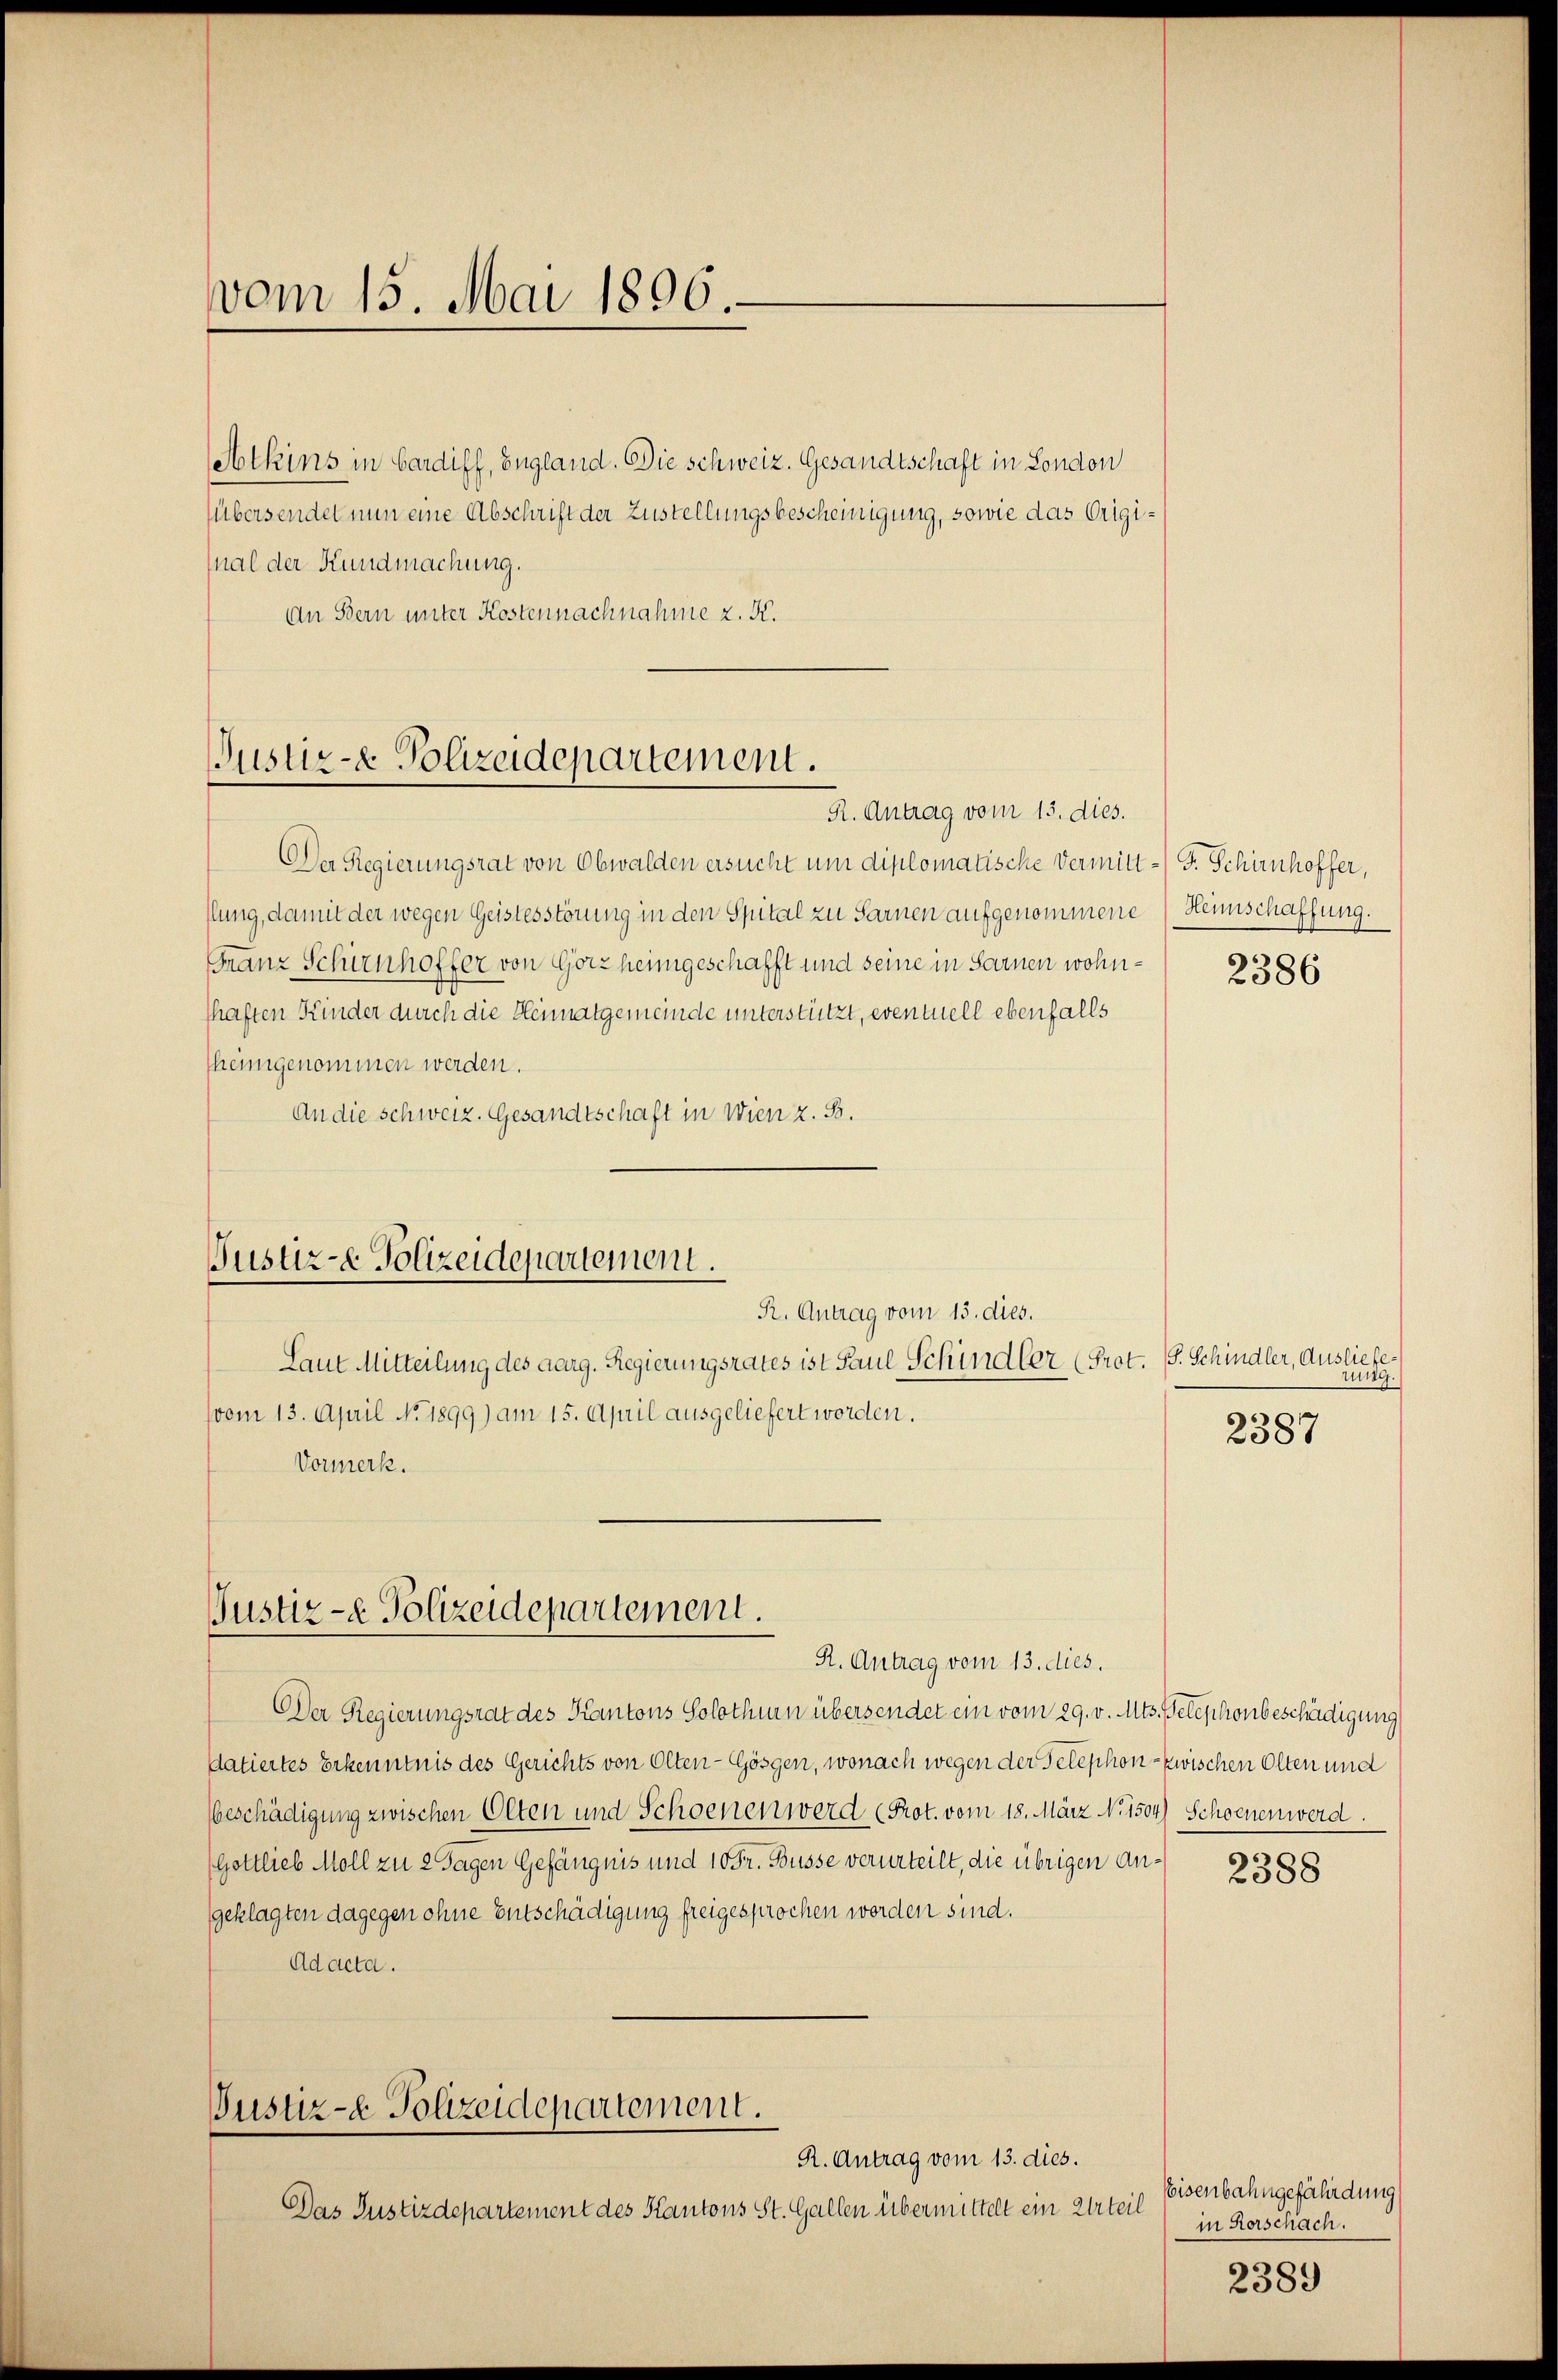
vom 15. Mai 1896.

btkins in bardiff, England. Die schweiz. Gesandtschaft in London
Übersendet nun eine Abschrift der Zustellungsbescheinigung, sowie das Original der Kundmachung.
An Bern unter Kostennachnahme z. K.

Justiz- & Polizeidepartement.
R. Antrag vom 13. dies.

Der Regierungsrat von Obwalden ersucht um diplomatische Vermitt-F. Schirnhoffer,
flung, damit der wegen Geistesstörung in den Spital zu Sarnen aufgenommene Heimschaffung.
Franz Schirnhoffer von Görz heimgeschafft und seine in Sarnen wohnhaften Kinder durch die Heimatgemeinde unterstützt, eventuell ebenfalls
fheimgenommen werden.
An die schweiz. Gesandtschaft in Wien z. B.
Justiz- & Polizeidepartement.
R. Antrag vom 13. dies.
Laut Mitteilung des aarg. Regierungsrates ist Paul Schindler (Prot. (S. Schindler, Ausliefe
vom 13. April No. 1899) am 15. April ausgeliefert worden.
Vormerk.

Justiz- & Polizeidepartement.

Justiz- & Polizeidepartement.
R. Antrag vom 13. dies.

R. Antrag vom 13. dies.
DDer Regierungsrat des Kantons Solothurn übersendet ein vom 29. v. Mts. Telephonbeschädigung
datiertes Erkenntnis des Gerichts von Olten-Gösgen, wonach wegen der Telephon- zwischen Olten und
beschädigung zwischen Olten und Schoenen werd (Prot. vom 18. März N. 1504) Schoenen werd
Gottlieb Moll zu 2 Tagen Gefängnis und 10 Fr. Busse verurteilt, die übrigen Angeklagten dagegen ohne Entschädigung freigesprochen werden sind.
Ad acta.

Das Justizdepartement des Kantons St. Gallen übermittelt ein Urteil

2386

zung.

2387

2388

Eisenbahngefährdung
in Vorschach.

2389